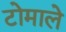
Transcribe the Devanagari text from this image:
टोमाले